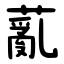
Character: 薍